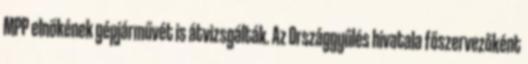
MPP elnökének gépjárművét is átvizsgálták. Az Országgyűlés hivatala főszervezőként